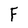
Character: F